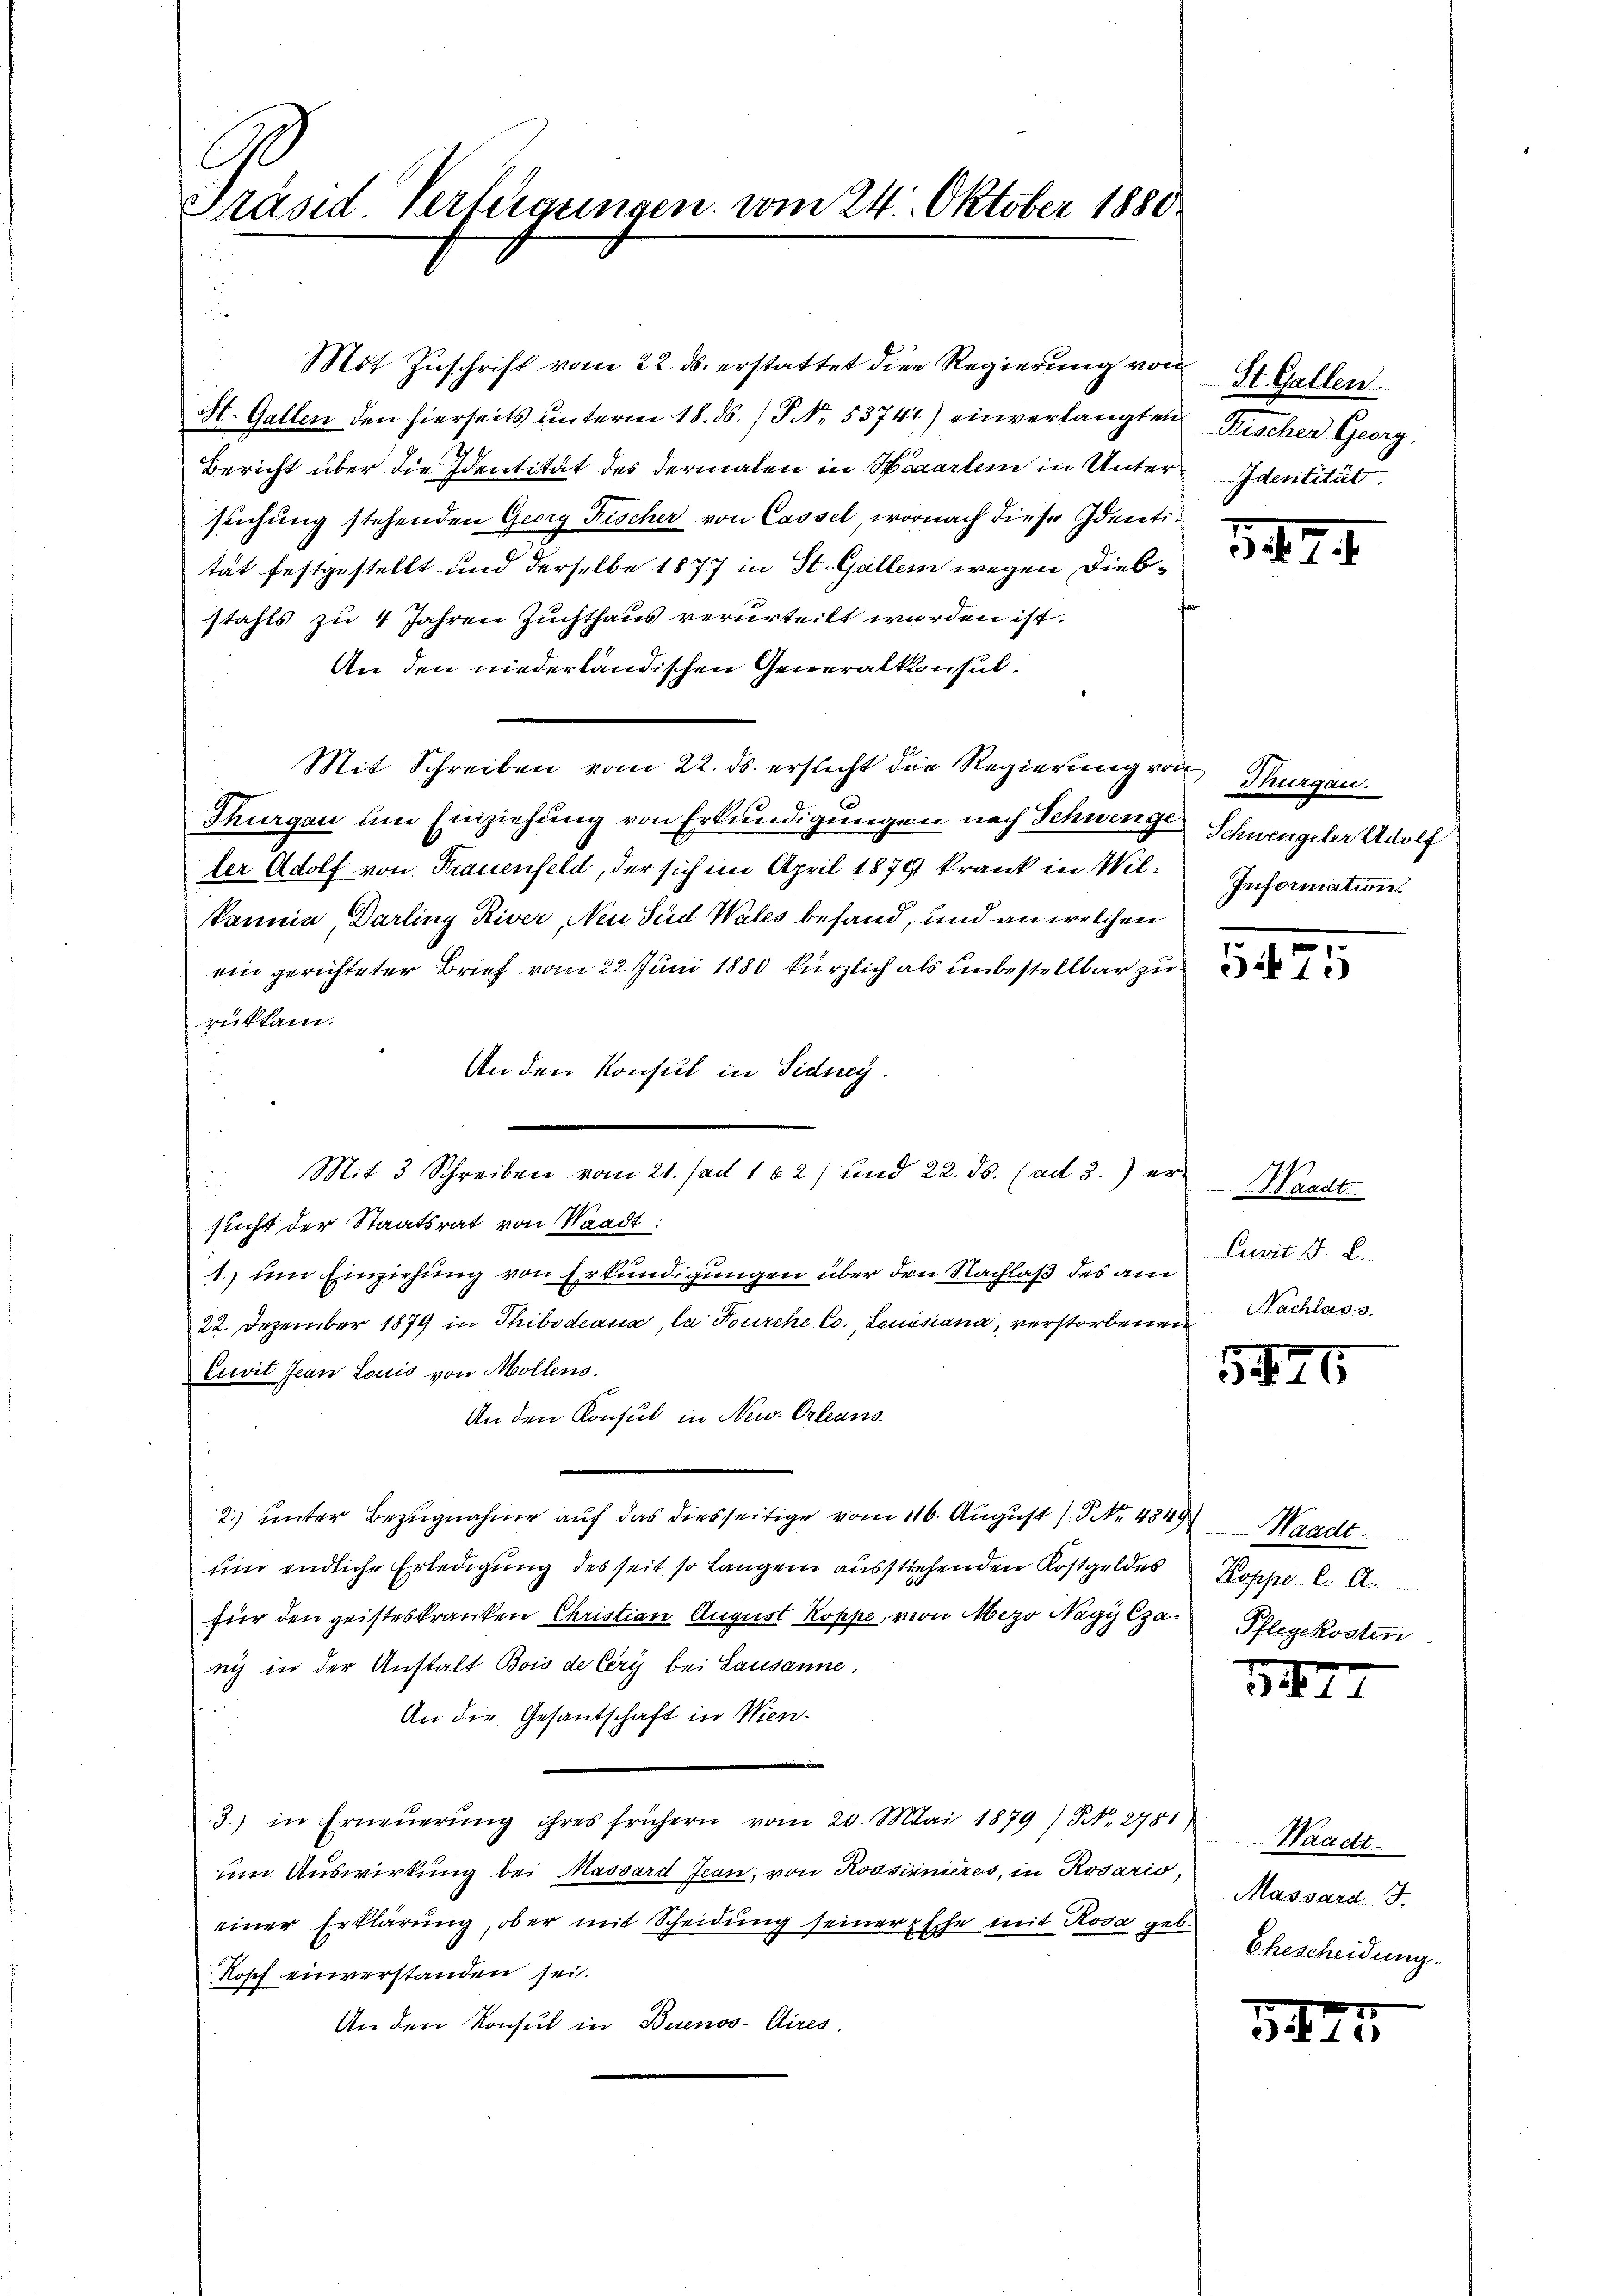
Ge
Präsid. Verfügungen vom 24. Oktober 1880

Mit Zuschrift vom 22. ds. erstattet die Regierung von
St. Gallen den hierseits unterm 18. ds. / P No. 53746) einverlangten
Bericht über die Identität des dermalen in Haartem in Untersuchung stehenden Georg Fischer von Cassel, wornach diese Identität festgestellt und derselbe 1877 in St. Gallem wegen Diebstahls zu 4 Jahren Zuchthaus verurteilt worden ist.
An den niederländischen Generalkonsul¬
Mit Schreiben vom 22. ds. ersticht die Regierung von Margau.
Thurgau um Einziehung von Erkundigungen nach Schwenge Schwengeler Adolf
ler Adolf von Frauenfeld, der sich im April 1879 krank in Wil¬
Pannia, Darling River, Neu Seid Wales befand, und an welchen
ein gerichteter Brief vom 22. Juni 1880 kürzlich als unbestellbar zu
rükkam.
An den Konsul in Sidney.
Mit 3 Schreiben vom 21. Mai 162) und 22. ds. (ad 3.) er¬
.
sucht der Staatsrat von Waadt:
1. um Einziehung von Erkundigungen über den Nachlaß des am
22. Dezember 1879 in Thibodeaux, la Fourche Co., Leuisiana, verstorbenen Nachlass
Euit Jean Louis von Mollens.
An den Konsul in New-Orleans
2.) unter Bezugnahme auf das diesseitige vom 116. August (§ Nr. 4549 Waadt.
um endliche Erledigung des seit so langen ausstiehenden Kostgeldes
für den geisteskranken Christian August Koppe, von Mezo Nagy Czani in der Anstalt Bois de Cery bei Lausanne.
An die Gesantschaft in Wien.
e
3.) in Erneŭerŭng ihres frühern vom 20. Mai 1879) No. 2751
um Auswirkung bei Massard Jean, von Rossinnieres, in Rosario,
einer Erklärung, ober mit Scheidung seiner Ehe mit Rosa geb.
Kopf einverstanden sei.
An den Konsul in Buenos-Aires.

St. Gallen.
Fischer Georg.
Identität

347. 4

Information

5475

Waadt
Cuvit. B. L.

5445

Koppell A.
Pflegekosten
2

22 11

Waadt.
Massard J.
Ehescheidung.

5424